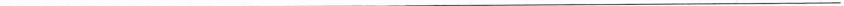
___